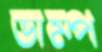
ডাম্প